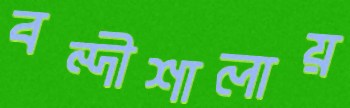
বন্দীশালায়